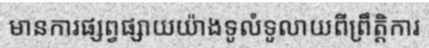
មានការផ្សព្វផ្សាយយ៉ាងទូលំទូលាយពីព្រឹត្តិការ